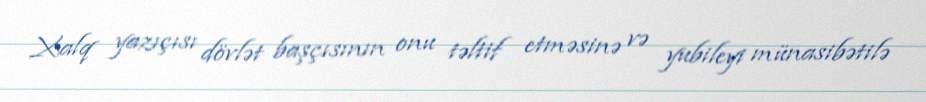
Xalq yazıçısı dövlət başçısının onu təltif etməsinə və yubileyi münasibətilə